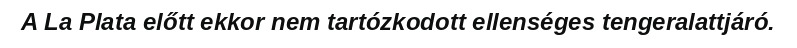
A La Plata előtt ekkor nem tartózkodott ellenséges tengeralattjáró.